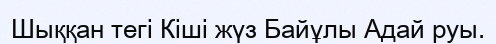
Шыққан тегі Кіші жүз Байұлы Адай руы.